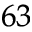
^ { 6 3 }